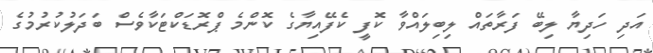
އަދި ހަދިޔާ ލިބޭ ފަރާތައް ލިބިލައްވާ ކޮފީ ކެފޭއިޔާގެ ކޮންމެ ޕްރޮޑަކްޓަކާވެސް ބަދަލުކުރުމުގެ